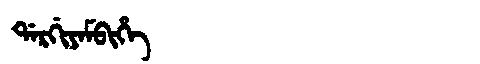
Manchu: ᡩᠠᡵᡤᡳᠶᠠᠮᠪᡳᡥᡝ
Romanization: DARGIYAMBIHE